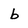
Character: b